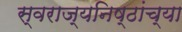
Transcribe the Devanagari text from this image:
स्वराज्यनिष्ठांच्या